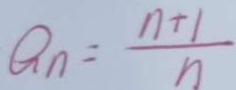
a _ { n } = \frac { n + 1 } { n }